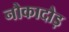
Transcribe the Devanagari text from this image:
नौकादौड़